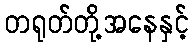
တရုတ်တို့အနေနှင့်